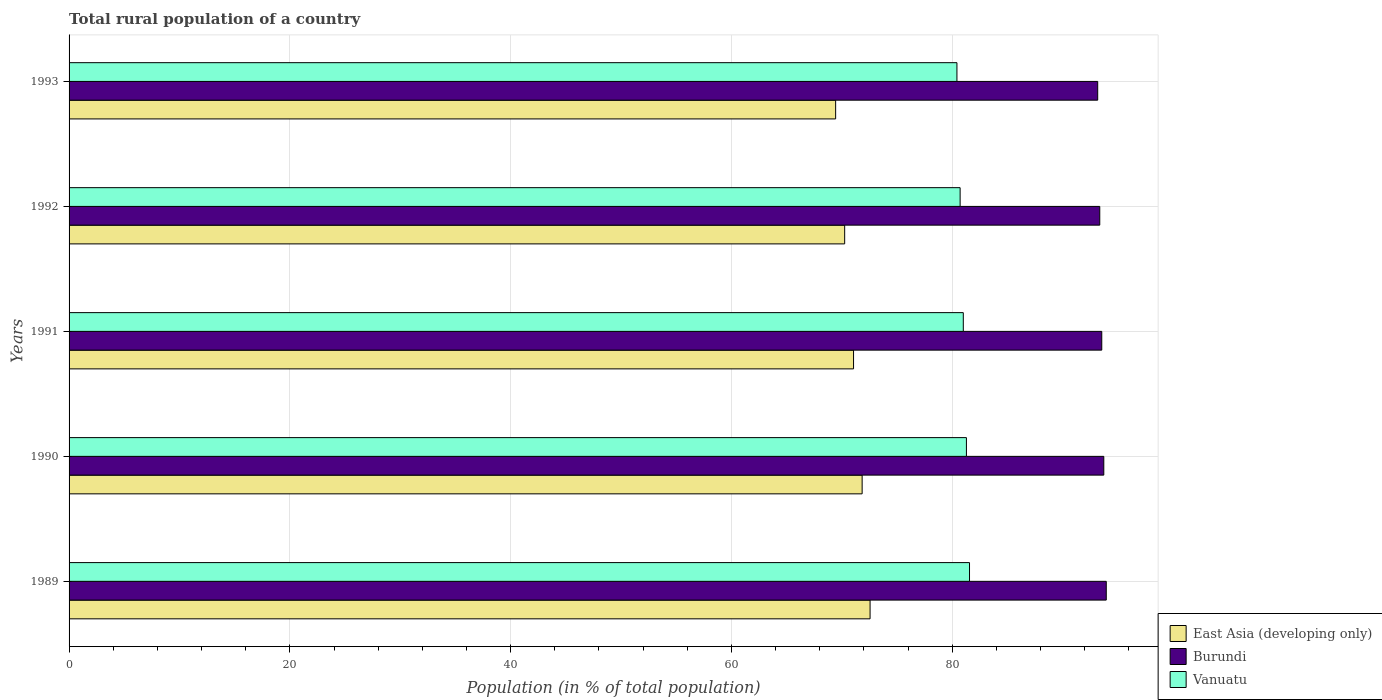
| Years | East Asia (developing only) | Burundi | Vanuatu |
 | --- | --- | --- | --- |
 | 1989 | 72.6 | 94 | 81.6 |
 | 1990 | 71.8 | 93.7 | 81.3 |
 | 1991 | 71.1 | 93.5 | 81 |
 | 1992 | 70.3 | 93.4 | 80.7 |
 | 1993 | 69.4 | 93.2 | 80.4 |